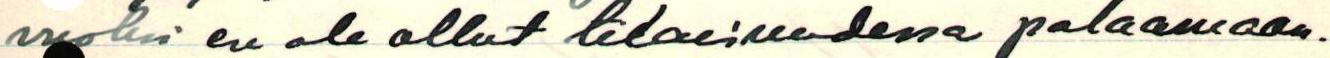
vuoksi en ole ollut tilaisuudessa palaamaan.